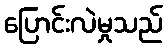
ပြောင်းလဲမှုသည်